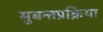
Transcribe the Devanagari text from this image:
सुबन्तप्रक्रिया